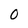
Character: 0